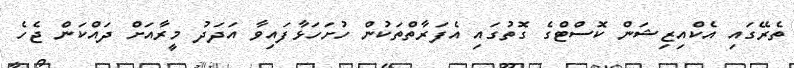
ތެރޭގައި އެކްއިޒިޝަން ކޮސްޓްގެ ގޮތުގައި އެފަރާތްތަކުން ހުށަހަޅާފައިވާ އަދަދު މީރާއަށް ދައްކަން ޖެހެ